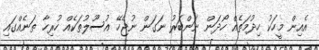
އެއިން މީހަކު ހިދުމަތެއް ހޯދަން ނަންބަރު ނަގަން ނުޖެހޭ އުސޫލުތަކެއް ހުރިހާ ތަނެއްގައި